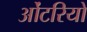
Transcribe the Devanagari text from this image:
ओंटरियो